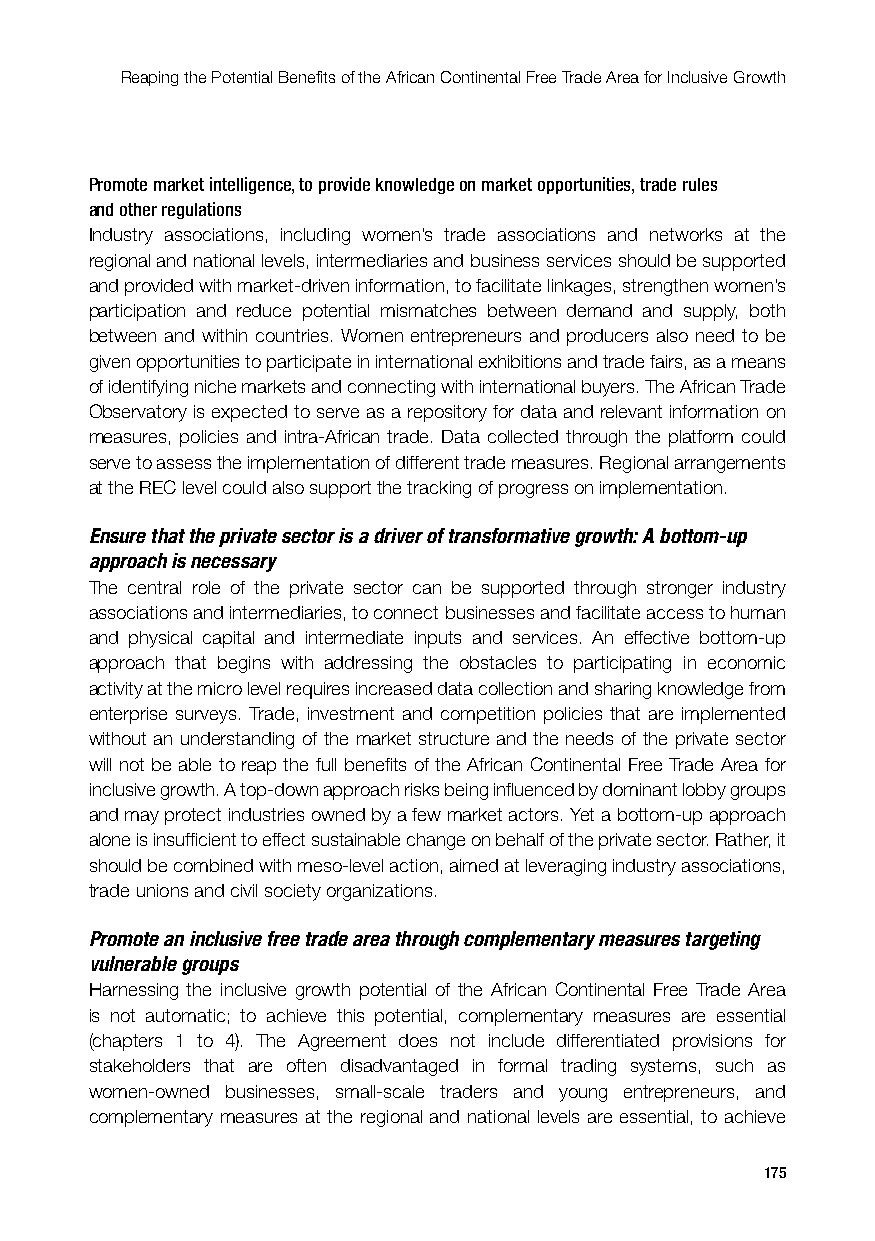
Reaping the Potential Benefits of the African Continental Free Trade Area for Inclusive Growth
 Promote market intelligence, to provide knowledge on market opportunities, trade rules
 and other regulations
 Industry associations, including women’s trade associations and networks at the
 regional and national levels, intermediaries and business services should be supported
 and provided with market-driven information, to facilitate linkages, strengthen women’s
 participation and reduce potential mismatches between demand and supply, both
 between and within countries. Women entrepreneurs and producers also need to be
 given opportunities to participate in international exhibitions and trade fairs, as a means
 of identifying niche markets and connecting with international buyers. The African Trade
 Observatory is expected to serve as a repository for data and relevant information on
 measures, policies and intra-African trade. Data collected through the platform could
 serve to assess the implementation of different trade measures. Regional arrangements
 at the REC level could also support the tracking of progress on implementation.
 Ensure that the private sector is a driver of transformative growth: A bottom-up
 approach is necessary
 The central role of the private sector can be supported through stronger industry
 associations and intermediaries, to connect businesses and facilitate access to human
 and physical capital and intermediate inputs and services. An effective bottom-up
 approach that begins with addressing the obstacles to participating in economic
 activity at the micro level requires increased data collection and sharing knowledge from
 enterprise surveys. Trade, investment and competition policies that are implemented
 without an understanding of the market structure and the needs of the private sector
 will not be able to reap the full benefits of the African Continental Free Trade Area for
 inclusive growth. A top-down approach risks being influenced by dominant lobby groups
 and may protect industries owned by a few market actors. Yet a bottom-up approach
 alone is insufficient to effect sustainable change on behalf of the private sector. Rather, it
 should be combined with meso-level action, aimed at leveraging industry associations,
 trade unions and civil society organizations.
 Promote an inclusive free trade area through complementary measures targeting
 vulnerable groups
 Harnessing the inclusive growth potential of the African Continental Free Trade Area
 is not automatic; to achieve this potential, complementary measures are essential
 (chapters 1 to 4). The Agreement does not include differentiated provisions for
 stakeholders that are often disadvantaged in formal trading systems, such as
 women-owned businesses, small-scale traders and young entrepreneurs, and
 complementary measures at the regional and national levels are essential, to achieve
 175